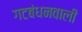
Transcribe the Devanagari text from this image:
गटबंधनवाली